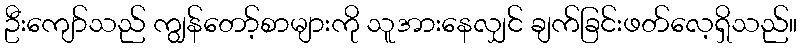
ဦးကျော်သည် ကျွန်တော့်စာများကို သူအားနေလျှင် ချက်ခြင်းဖတ်လေ့ရှိသည်။